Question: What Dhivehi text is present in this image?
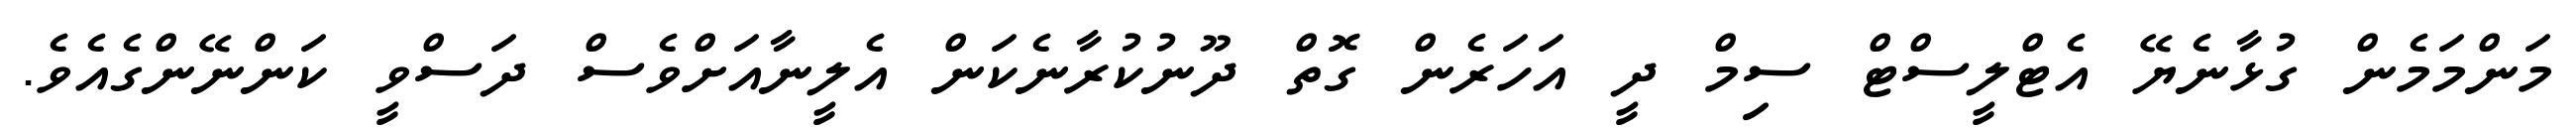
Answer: މަންމަމެން ގުޅާނެޔޭ އެޓްލީސްޓް ސިމް ދީ އަހަރެން ގޮތް ދޫނުކުރާނެކަން އެލީނާއަށްވެސް ދަސްވީ ކަންނޭންގެއެވެ.